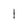
Character: l